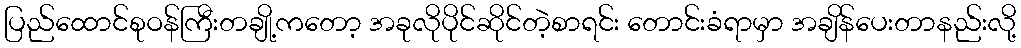
ပြည်ထောင်စုဝန်ကြီးတချို့ကတော့ အခုလိုပိုင်ဆိုင်တဲ့စာရင်း တောင်းခံရာမှာ အချိန်ပေးတာနည်းလို့